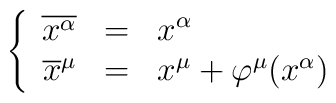
\left\{\begin{array}{rcl}\overline{x^{\alpha}}&=&x^{\alpha}\\\overline{x}^{\mu}&=&x^{\mu}+\varphi^{\mu}(x^{\alpha})\end{array}\right.